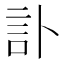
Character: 訃